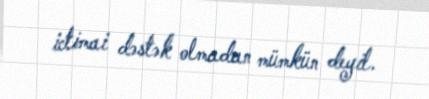
ictimai dəstək olmadan mümkün deyil.